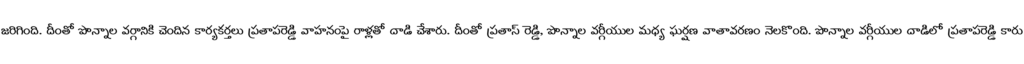
జరిగింది. దీంతో పొన్నాల వర్గానికి చెందిన కార్యకర్తలు ప్రతాపరెడ్డి వాహనంపై రాళ్లతో దాడి చేశారు. దీంతో ప్రతాప్ రెడ్డి, పొన్నాల వర్గీయుల మధ్య ఘర్షణ వాతావరణం నెలకొంది. పొన్నాల వర్గీయుల దాడిలో ప్రతాపరెడ్డి కారు